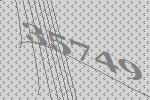
35749